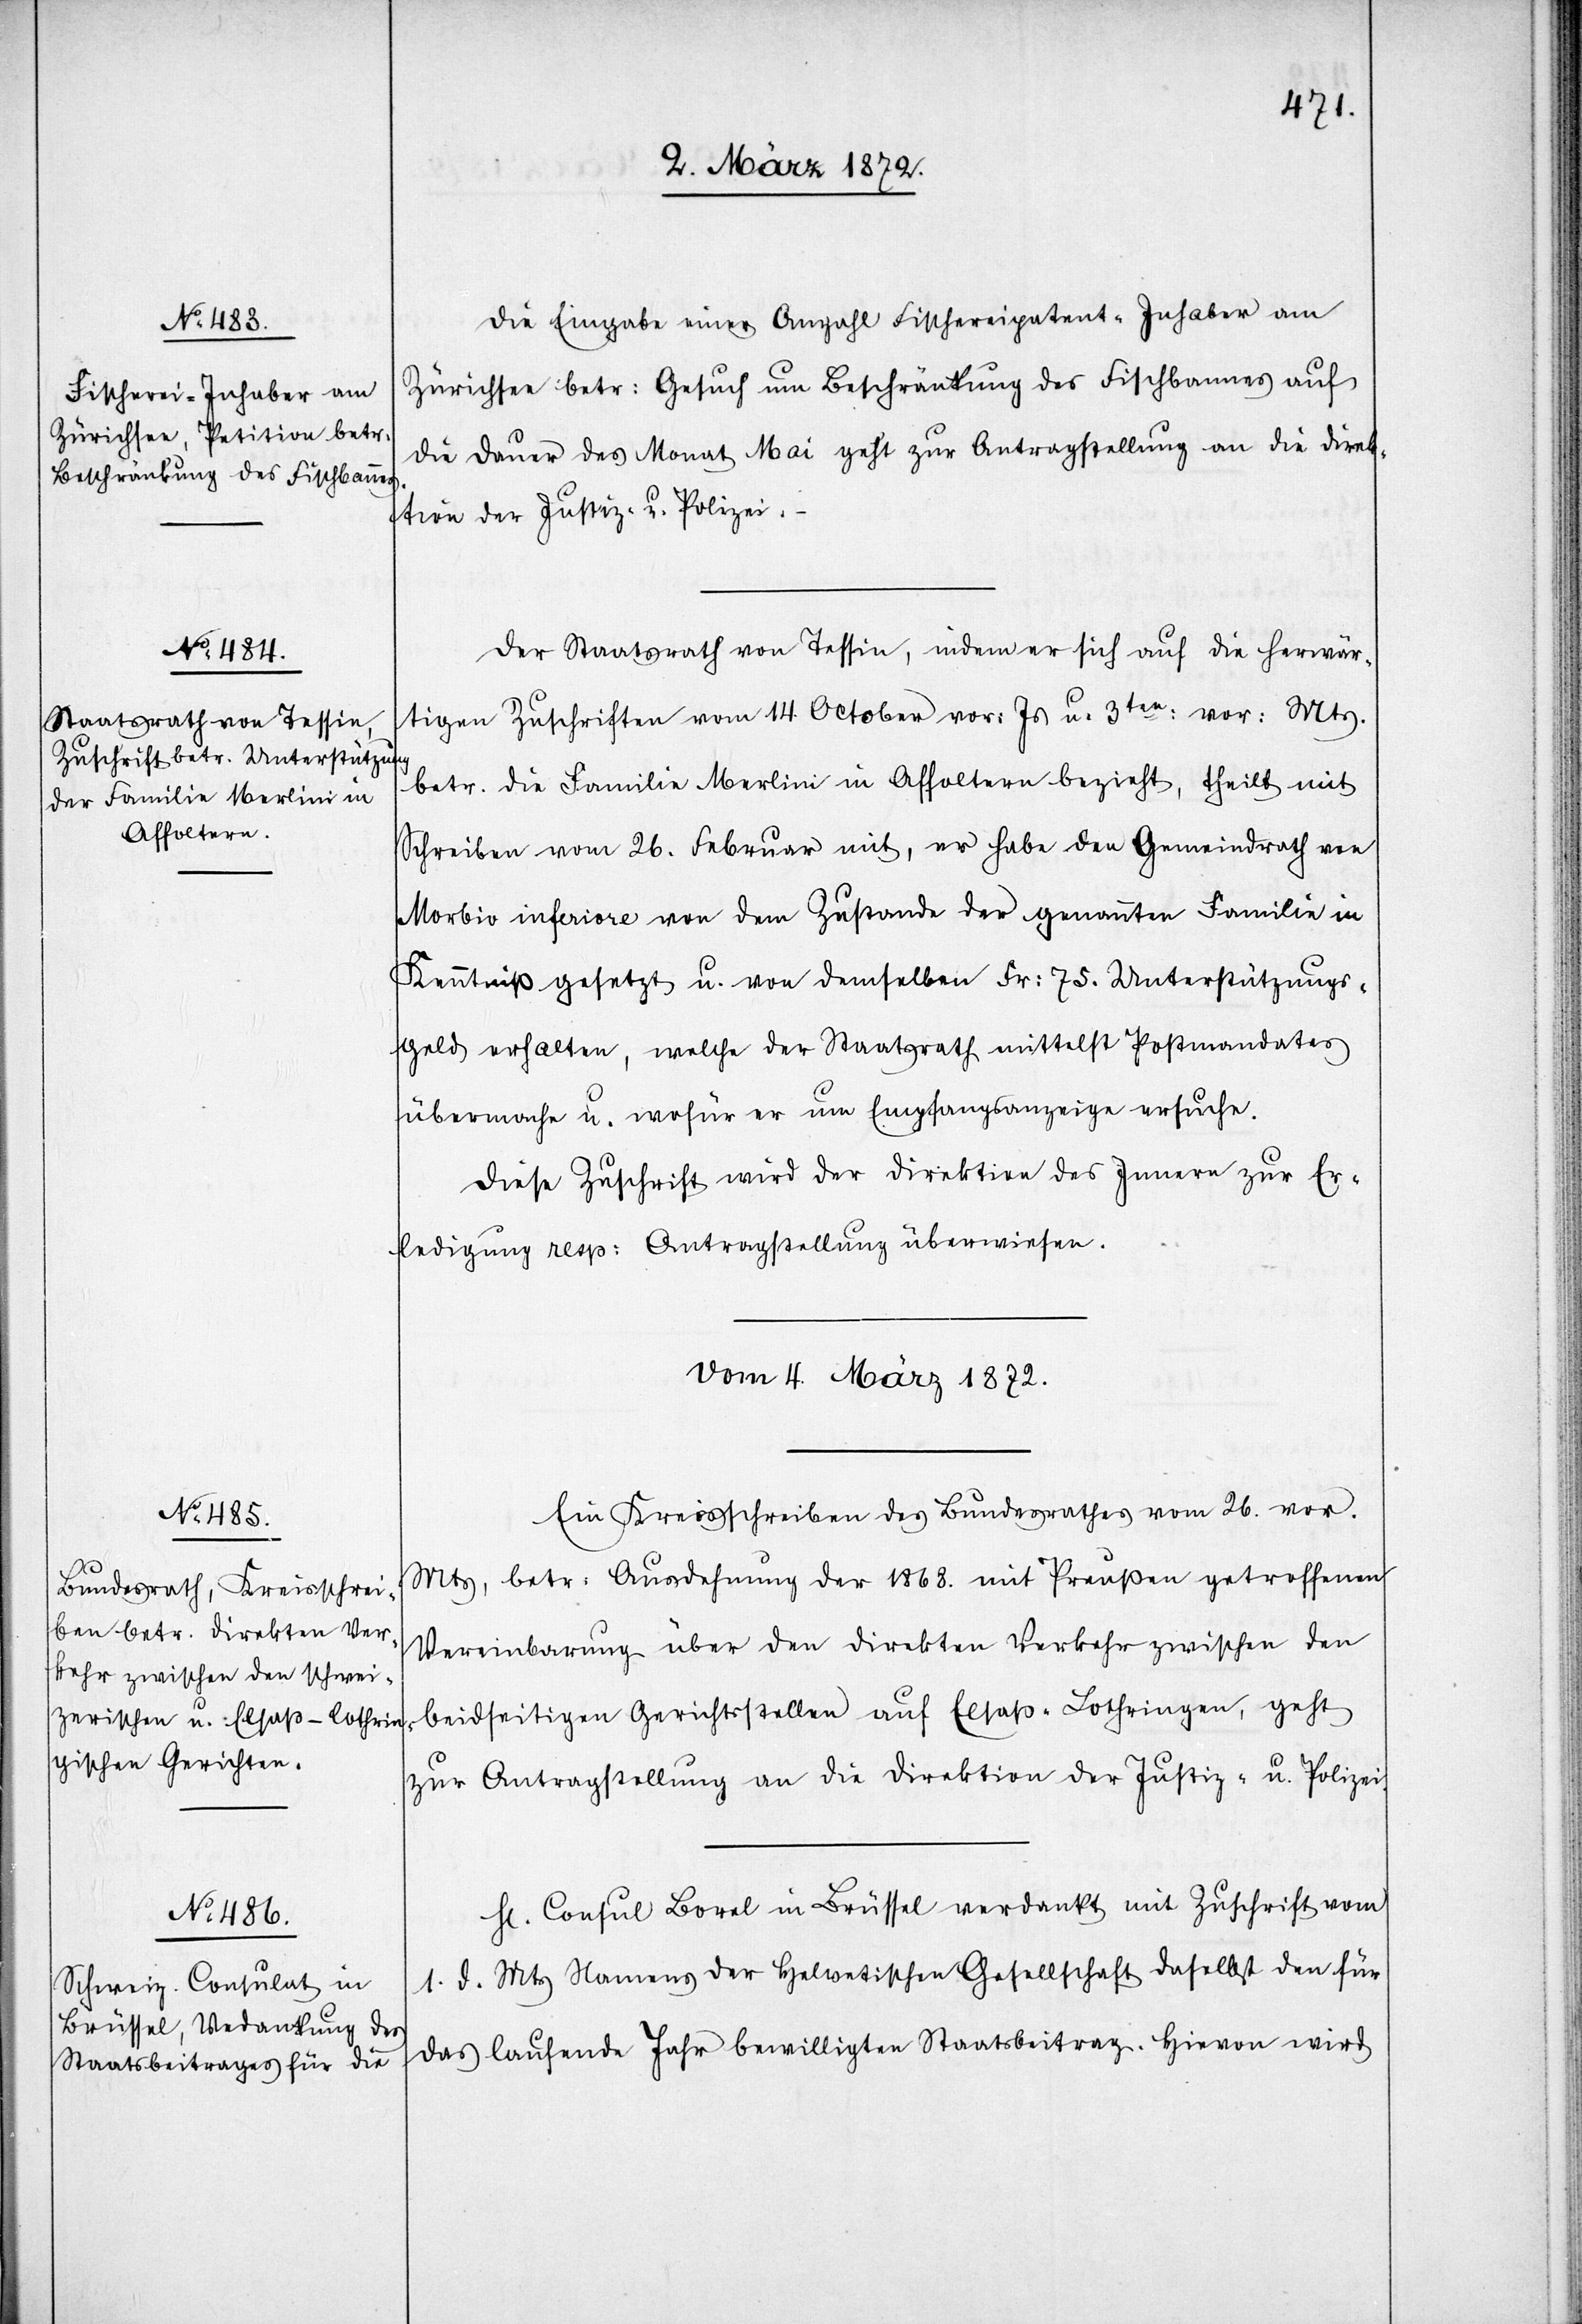
Die Eingabe einer Anzahl Fischereipatent-Inhaber am
Zürichsee betr: Gesuch um Beschränkung des Fischbannes auf
die Dauer des Monat Mai geht zur Antragstellung an die Direk¬
tion der Justiz- u. Polizei.
Der Staatsrath von Tessin, indem er sich auf die herwär¬
tigen Zuschriften vom 14. October vor. Js u. 3ter vor. Mts
betr. die Familie Merlini in Affoltern bezieht, theilt mit
Schreiben vom 26. Februar mit, er habe den Gemeindrath von
Morbio inferiore von dem Zustande der genannten Familie in
Kenntniß gesetzt u. von demselben Fr. 75. Unterstützungs¬
geld erhalten, welche der Staatsrath mittelst Postmandates
übermache u. wofür er um Empfangsanzeige ersuche.
Diese Zuschrift wird der Direktion des Innern zur Er¬
ledigung resp. Antragstellung überwiesen.
vom 4. März 1872.]
Ein Kreisschreiben des Bundesrathes vom 26. vor.
Mts, betr. Ausdehnung der 1868. mit Preußen getroffenen
Vereinbarung über den direkten Verkehr zwischen den
beidseitigen Gerichtsstellen auf Elsaß-Lothringen, geht
zur Antragstellung an die Direktion der Justiz- u. Polizei.
Hr. Consul Borel in Brüssel verdankt mit Zuschrift vom
1. d. Mts Namens der Helvetischen Gesellschaft daselbst den für
das laufende Jahr bewilligten Staatsbeitrag. Hievon wird